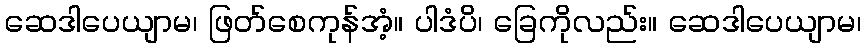
ဆေဒါပေယျာမ၊ ဖြတ်စေကုန်အံ့။ ပါဒံပိ၊ ခြေကိုလည်း။ ဆေဒါပေယျာမ၊